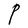
Character: P